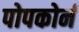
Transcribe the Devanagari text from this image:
पोपकोर्न